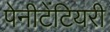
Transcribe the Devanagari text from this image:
पेनीटेंटियरी